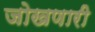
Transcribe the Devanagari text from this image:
जोखणारी